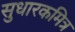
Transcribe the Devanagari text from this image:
सुधारकमित्र